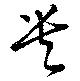
貴